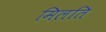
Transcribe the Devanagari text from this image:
मिलति